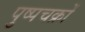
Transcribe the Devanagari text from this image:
पुष्पचक्रों